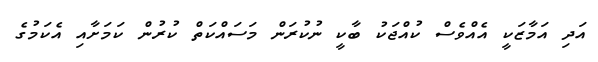
އަދި އަމާޒަކީ އެއްވެސް ކުއްޖަކު ބާކީ ނުކުރަން މަސައްކަތް ކުރުން ކަމަށާއި އެކަމުގެ